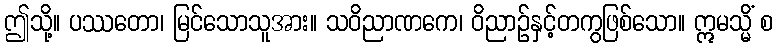
ဤသို့။ ပဿတော၊ မြင်သောသူအား။ သဝိညာဏကေ၊ ဝိညာဉ်နှင့်တကွဖြစ်သော။ ဣမသ္မိံ စ